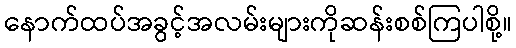
နောက်ထပ်အခွင့်အလမ်းများကိုဆန်းစစ်ကြပါစို့။